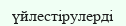
үйлестірулерді